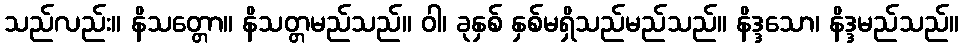
သည်လည်း။ နိသတ္တော။ နိသတ္တမည်သည်။ ဝါ၊ ခုနှစ် နှစ်မရှိသည်မည်သည်။ နိဒ္ဒသော၊ နိဒ္ဒမည်သည်။